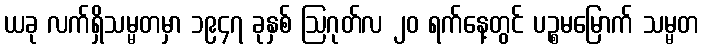
ယခု လက်ရှိသမ္မတမှာ ၁၉၄၇ ခုနှစ် ဩဂုတ်လ ၂၀ ရက်နေ့တွင် ပဉ္စမမြောက် သမ္မတ